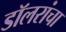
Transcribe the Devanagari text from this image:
डॉलरांचा